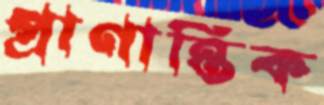
প্রাণান্তিক